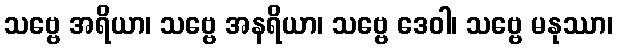
သဗ္ဗေ အရိယာ၊ သဗ္ဗေ အနရိယာ၊ သဗ္ဗေ ဒေဝါ၊ သဗ္ဗေ မနုဿာ၊